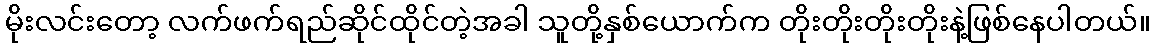
မိုးလင်းတော့ လက်ဖက်ရည်ဆိုင်ထိုင်တဲ့အခါ သူတို့နှစ်ယောက်က တိုးတိုးတိုးတိုးနဲ့ဖြစ်နေပါတယ်။